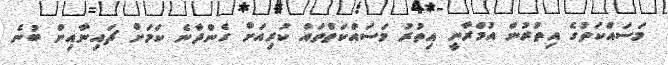
މަސައްކަތުގެ އިތުރުން އުމްރާނީ އިތުރު މަސައްކަތްތައް ކުރިއަށް ގެންދާނެ ކަމަށް ޗައިނާއިން ބުނެ